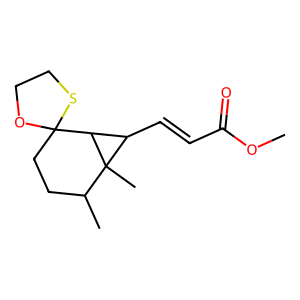
SMILES: COC(=O)C=CC1C2C3(CCC(C)C12C)OCCS3
Inhibits HIV replication: No